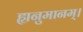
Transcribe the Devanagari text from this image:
ह्यनुमानम्।